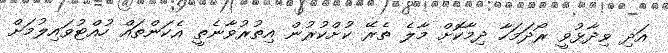
އަދި ވިދާޅުވީ ރޯދަމަހާ ދިމާކޮށް މާލެ ތެރޭ ކުށްކުރުން އިތުރުވާނެތީ އެކަންތައް ހުއްޓުވައިލުމަށް